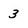
Character: 3